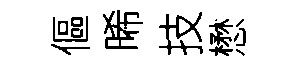
傴晞技懋